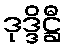
ဒုဒ္ဒိဋ္ဌီ